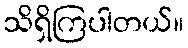
သိရှိကြပါတယ်။